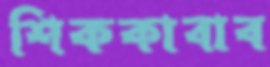
শিককাবাব